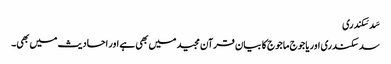
سَد سَکندری
سد سکندری اوریاجوج ماجوج کا بیان قرآن مجید میں بھی ہے اور احادیث میں بھی۔